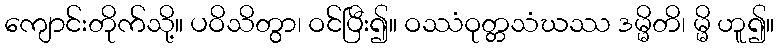
ကျောင်းတိုက်သို့။ ပဝိသိတွာ၊ ဝင်ပြီး၍။ ဝဿံဝုတ္တသံဃဿ ဒမ္မိတိ၊ မ္မိ ဟူ၍။